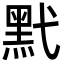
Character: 黓